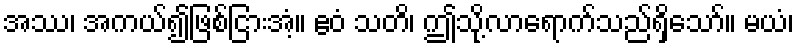
အဿ၊ အကယ်၍ဖြစ်ငြားအံ့။ ဧဝံ သတိ၊ ဤသို့လာရောက်သည်ရှိသော်။ မယံ၊